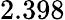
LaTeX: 2.398